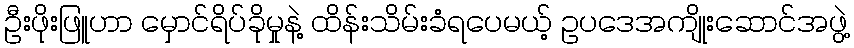
ဦးဖိုးဖြူဟာ မှောင်ရိပ်ခိုမှုနဲ့ ထိန်းသိမ်းခံရပေမယ့် ဥပဒေအကျိုးဆောင်အဖွဲ့